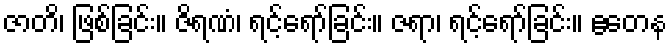
ဇာတိ၊ ဖြစ်ခြင်း။ ဇိရဏံ၊ ရင့်ရော်ခြင်း။ ဇရာ၊ ရင့်ရော်ခြင်း။ ဧတေန